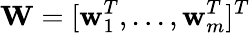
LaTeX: \mathbf{W}=[\mathbf{w}_{1}^{T},...,\mathbf{w}_{m}^{T}]^{T}